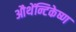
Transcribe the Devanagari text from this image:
औथेंन्टिकेष्ण